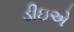
ડીઇએ